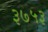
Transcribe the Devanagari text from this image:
३७५३